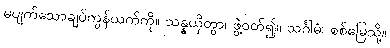
မပျက်သောချပ်ကွန်ယက်ကို။ သန္နယှိတွာ၊ ဖွဲ့ဝတ်၍။ သင်္ဂါမံ၊ စစ်မြေသို့။